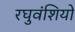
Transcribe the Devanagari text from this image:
रघुवंशियो